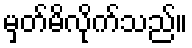
မှတ်မိလိုက်သည်။